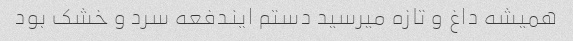
همیشه داغ و تازه میرسید دستم ایندفعه سرد و خشک بود